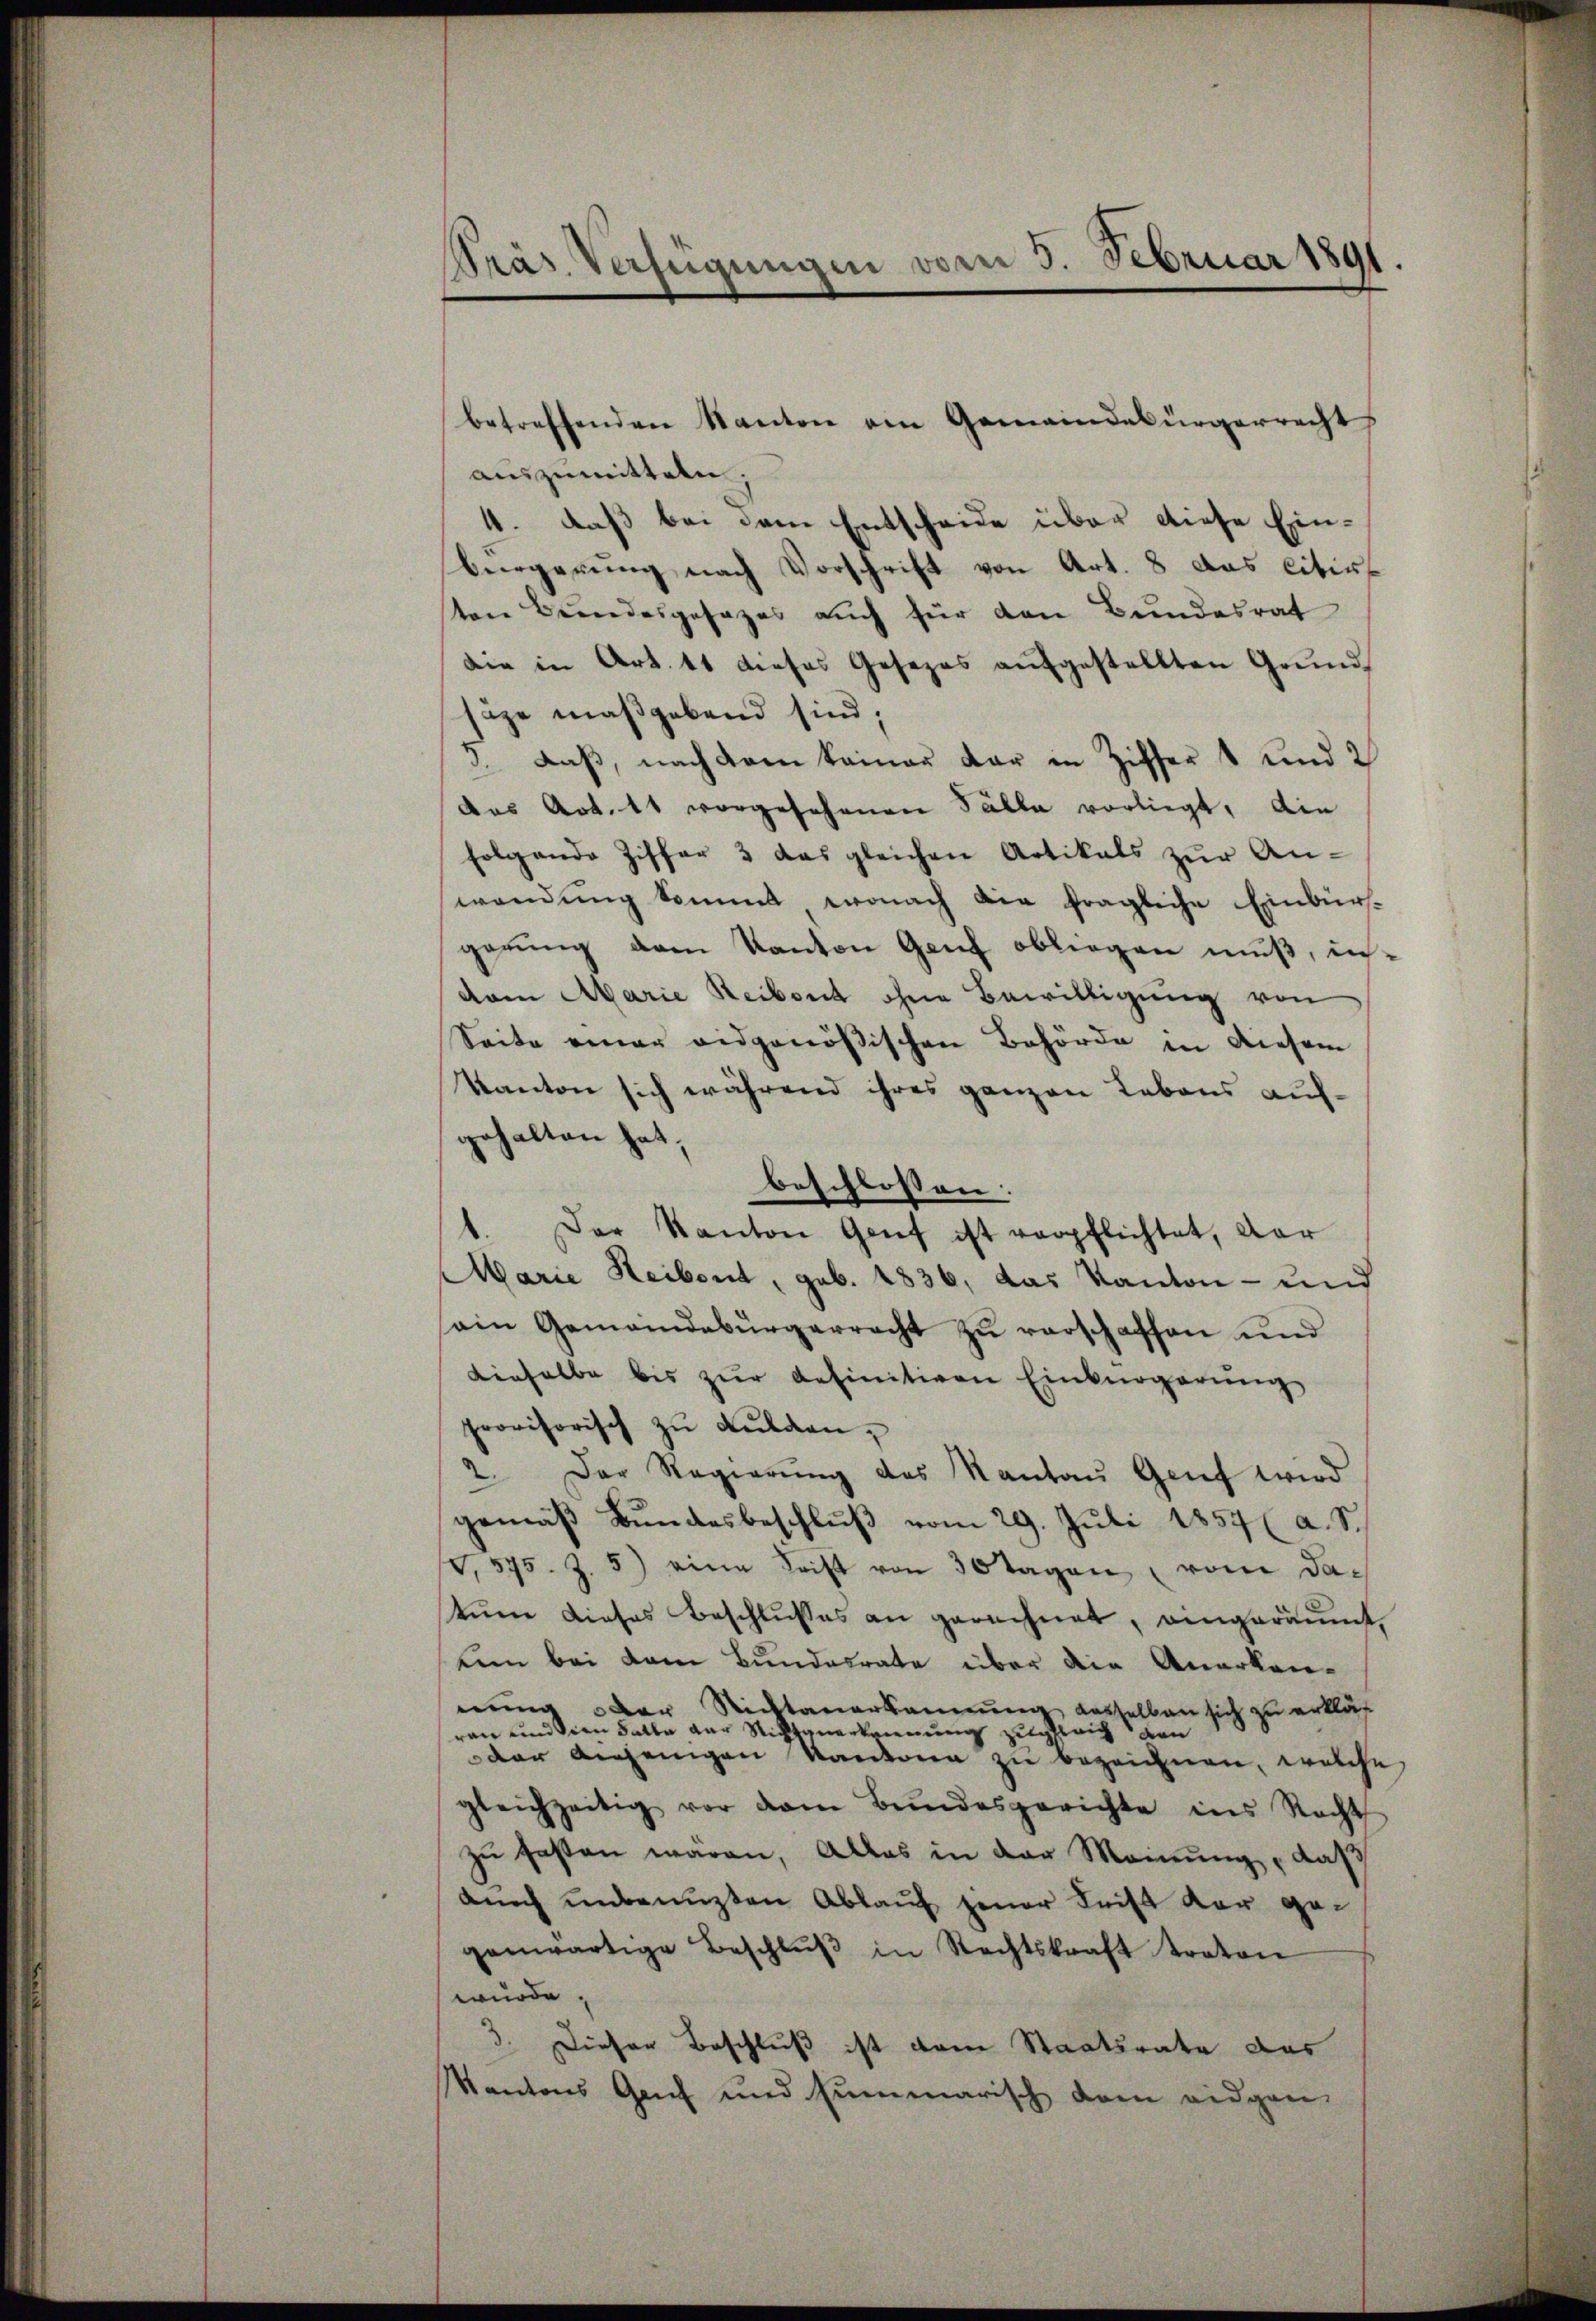
Pras Verfügungen vom 5. Februar 1891.

betreffenden Kanton am Gemeindebürgerrecht,
auszumitteln;
4. daß bei dem Entscheide über diese Einbeergerung nach Vorschrift von Art. 8 das citir
ten Bundesgesezes auch für den Bundesrat
die in Art. 11 dieses Gesezes aufgestellten Grund
säze maßgebend sind;
3. daß, nach dem keiner dar in Ziffer 1 und 2
das Art. 11 vorgesehenen Fälle vorliegt, die
folgende Ziffer 3 das gleichen Artikals zŭr An-
wendŭng kommt, wonach die fragliche Einbür-
gerung dem Kanton Genf obliegen muß, invom Marie Reibout ohne Bewilligung von
Seite einer eidgenößischen Behörde in diesem
Kanton sich während ihres ganzen Lebens auf-
gehalten hat.
beschlossen:
der Kanton Genf ist verpflichtet, dar
Marie Heibent, geb. 1836, das Kanton - und
sein Gemeindebürgerrecht zu verschaffen und
dinhalbe bis zŭr definitiven Einbürgerung
provisorisch zu dulden,
2. Der Regierung des Kantau Grief wird
gemäβ Bŭndesbeschlŭβ vom 29. Juli 1857 (a. S.
V, 575. Z. 5) eine Frist von 30 Tagen vom dastum dieses Beschlusses an gerechnet, eingeräumt,
ei bei dem Bundesrate über die Anerkan-
nung der Richtanerkannung desselben sich zu erklär
ran und dien Satte der Richtzuerkennung zugleich von
der anjenigen Kantona zu bezeichnen, welche
gleichzeitig vor dem Bŭndesgerichte ins Recht
zu fasten wären, Alles in der Meinung, daß
auch unbenuzten Ablauf jener Frist vor gegenwärtige Beschlŭβ in Rechtskraft traton
wurde,
3. Dieser Beschluß ist dem Staatsrate das
Kantons Genf und summarisch dem eidgen